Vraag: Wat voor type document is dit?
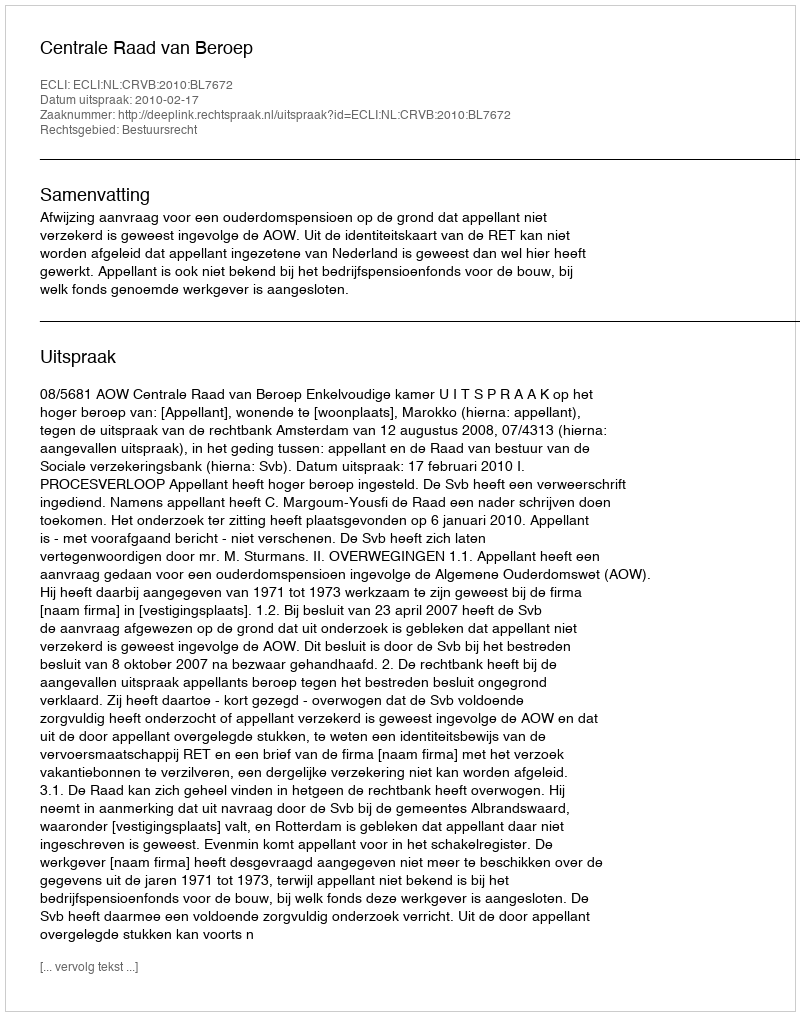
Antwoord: Uitspraak